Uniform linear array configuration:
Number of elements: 16
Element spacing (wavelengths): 0.25
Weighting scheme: blackman
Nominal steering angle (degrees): -15
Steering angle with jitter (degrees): -14.011
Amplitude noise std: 0.05
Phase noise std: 0.05

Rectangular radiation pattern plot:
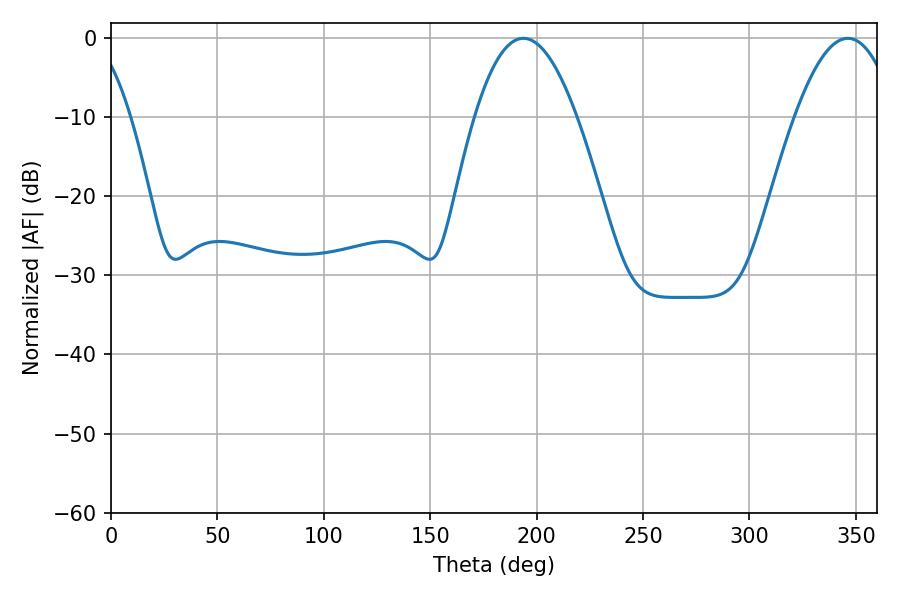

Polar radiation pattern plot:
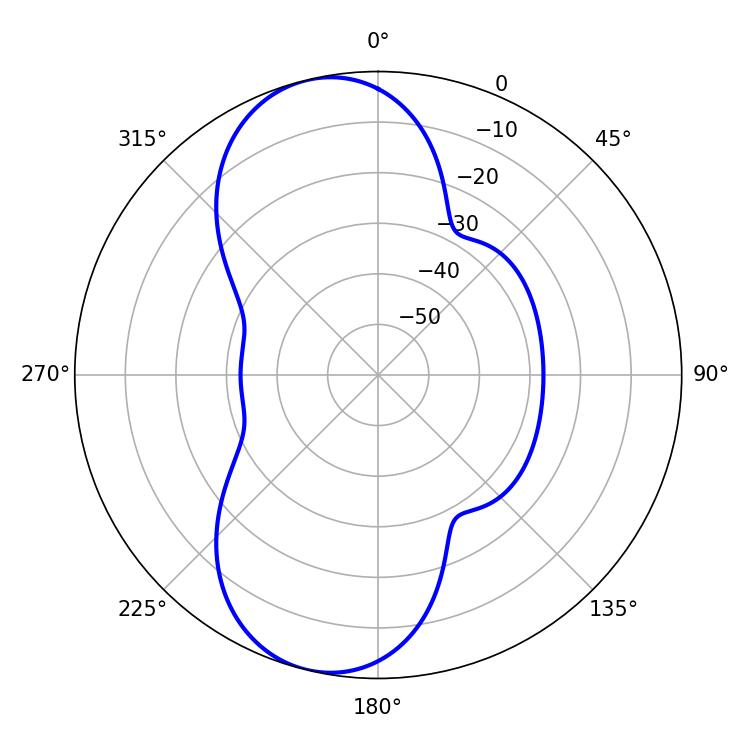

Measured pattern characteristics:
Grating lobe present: FALSE
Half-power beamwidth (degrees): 26.28
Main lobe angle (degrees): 193.68